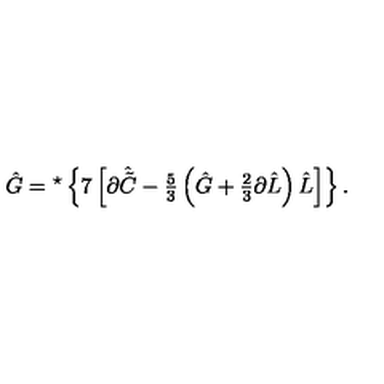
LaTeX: \hat { G } = { } ^ { \star } \left\{ 7 \left[ \partial \hat { \tilde { C } } - { \textstyle \frac { 5 } { 3 } } \left( \hat { G } + { \textstyle \frac { 2 } { 3 } } \partial \hat { L } \right) \hat { L } \right] \right\} .